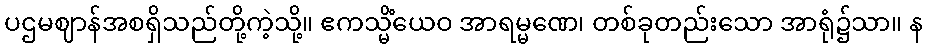
ပဌမဈာန်အစရှိသည်တို့ကဲ့သို့။ ဧကသ္မိံယေဝ အာရမ္မဏေ၊ တစ်ခုတည်းသော အာရုံ၌သာ။ န